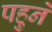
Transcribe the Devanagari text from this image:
पहुने